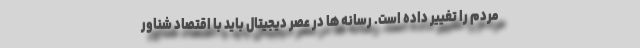
مردم را تغییر داده است. رسانه ها در عصر دیجیتال باید با اقتصاد شناور